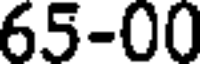
65-00